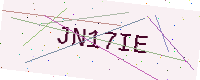
Text: JN17IE